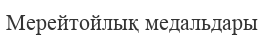
Мерейтойлық медальдары